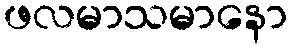
ဖလမာသမာနော